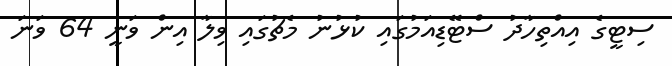
ސިޓީގެ އިއްތިހާދު ސްޓޭޑިއަމުގައި ކުޅުނު މެޗުގައި ވިލާ އިން ވަނީ 64 ވަނަ